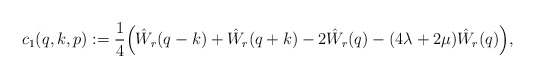
\begin{align*}c_1(q,k,p) := \frac{1}{4}\Big(\hat W_r(q-k)+ \hat W_r(q+k) - 2\hat W_r(q) - (4\lambda+2\mu) \hat W_r(q)\Big),\end{align*}